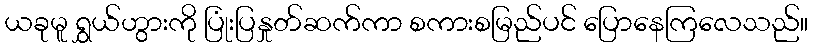
ယခုမူ ရွှယ်ဟွားကို ပြုံးပြနှုတ်ဆက်ကာ စကားစမြည်ပင် ပြောနေကြလေသည်။